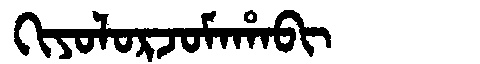
Manchu: ᡴᡳᠶᠣᠯᠣᡵᠵᠣᠮᠠᡥᠠᠪᡳ
Romanization: KIYOLORJOMAHABI